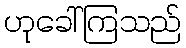
ဟုခေါ်ကြသည်